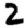
Digit: 2